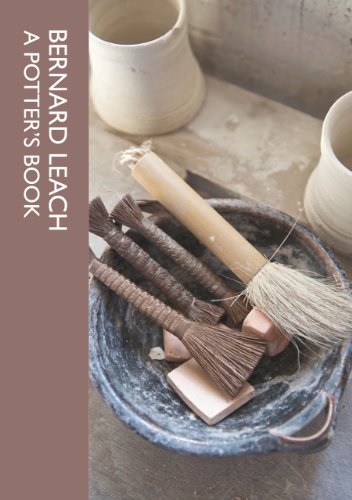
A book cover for A Potter's Book; Bernard Leach; Crafts, Hobbies & Home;